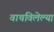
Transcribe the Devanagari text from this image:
वाचविलेल्या